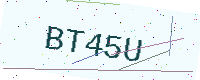
Text: BT45U